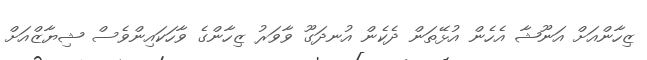
ޒިހާންއަށް އަނޫޝާ އެހެން އުޅޭތަން ދެކެން އުނދަގޫ ވާވަރު ޒިހާންގެ ވާހަކައިންވެސް ޝިޔާޒްއަށް